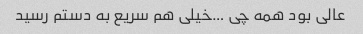
عالی بود همه چی …خیلی هم سریع به دستم رسید